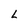
Character: L